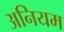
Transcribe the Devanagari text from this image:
अनियम